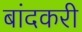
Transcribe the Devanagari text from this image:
बांदकरी